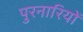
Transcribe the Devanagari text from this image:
पुरनारियों